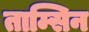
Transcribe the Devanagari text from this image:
ताम्सिन